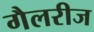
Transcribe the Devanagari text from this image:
गैलरीज